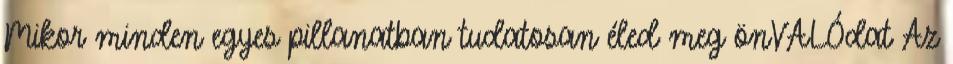
Mikor minden egyes pillanatban tudatosan éled meg önVALÓdat Az